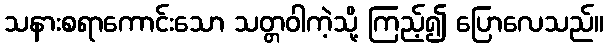
သနားစရာကောင်းသော သတ္တဝါကဲ့သို့ ကြည့်၍ ပြောလေသည်။